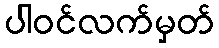
ပါဝင်လက်မှတ်